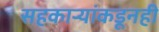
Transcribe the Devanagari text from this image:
सहकार्‍यांकडूनही